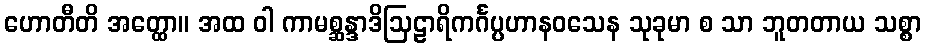
ဟောတီတိ အတ္ထော။ အထ ဝါ ကာမစ္ဆန္ဒာဒိဩဠာရိကင်္ဂပ္ပဟာနဝသေန သုခုမာ စ သာ ဘူတတာယ သစ္စာ